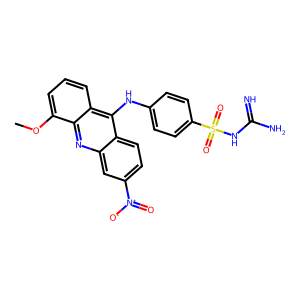
SMILES: COc1cccc2c(Nc3ccc(S(=O)(=O)NC(=N)N)cc3)c3ccc([N+](=O)[O-])cc3nc12
Inhibits HIV replication: No